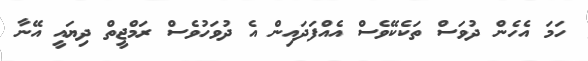
ހަމަ އެހެން ދުވަސް ތަކެކޭވެސް އެއްފަދައިން އެ ދުވަހުވެސް ރަމްޖީތް ދިޔައީ އޭނާ